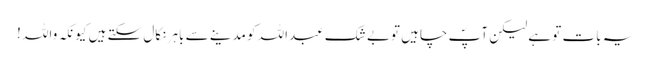
یہ بات تو ہے لیکن آپؐ چاہیں توبے شک عبداللہ کو مدینے سے باہر نکال سکتے ہیں کیونکہ واللہ !